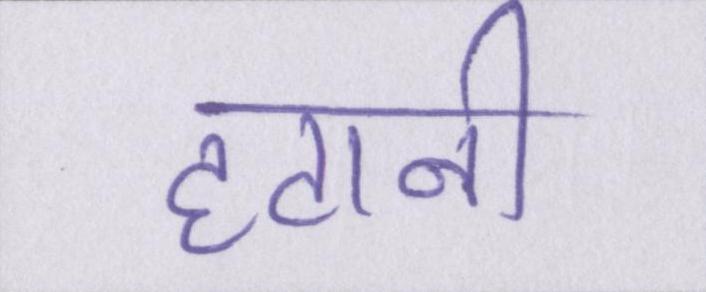
हटानी